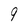
Character: 9